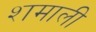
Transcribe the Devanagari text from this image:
शमाली